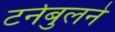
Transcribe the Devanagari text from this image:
टर्नबुलने